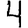
Digit: 4